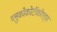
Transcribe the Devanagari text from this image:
ग्लुकोकोर्टीकोएड्स